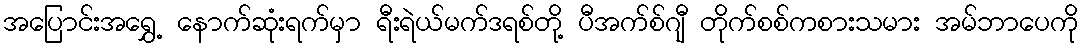
အပြောင်းအရွှေ့ နောက်ဆုံးရက်မှာ ရီးရဲယ်မက်ဒရစ်တို့ ပီအက်စ်ဂျီ တိုက်စစ်ကစားသမား အမ်ဘာပေကို